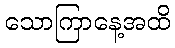
သောကြာနေ့အထိ